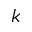
k